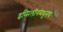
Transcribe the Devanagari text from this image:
इप्सिलॉनमधूनच